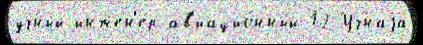
уч́ный-инжен'е́р ав'иацио́нный 12 Уч́наjа